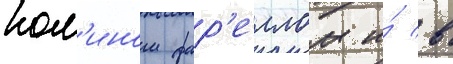
кол'ином фар'еллом и́ в